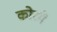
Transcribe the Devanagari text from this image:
कोरमे